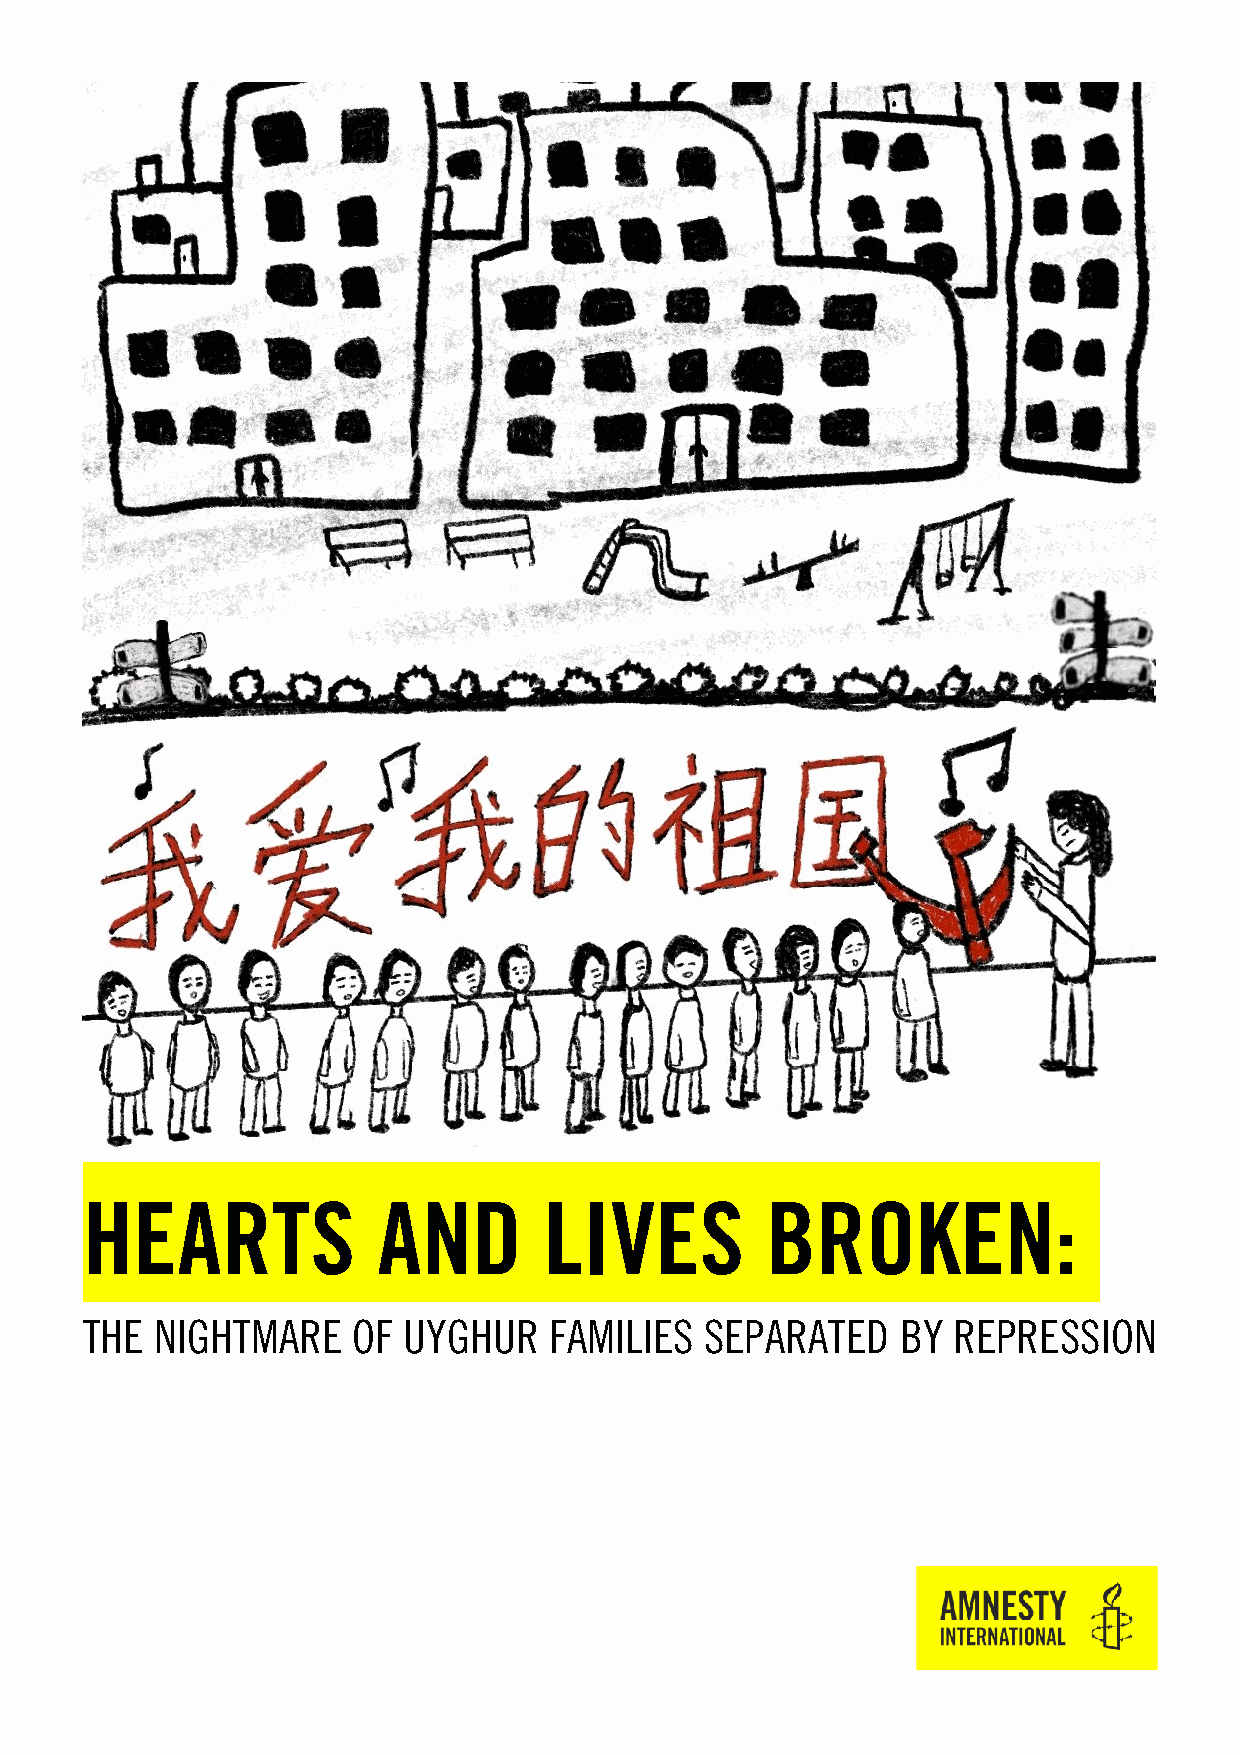
HEARTS              AND        LIVES          BROKEN:
 THE  NIGHTMARE    OF  UYGHUR   FAMILIES   SEPARATED    BY REPRESSION